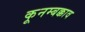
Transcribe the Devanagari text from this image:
कूनम्बक्काव